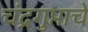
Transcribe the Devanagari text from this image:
चंद्रगुप्ताचे